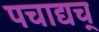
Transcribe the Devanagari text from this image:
पचाद्यच्